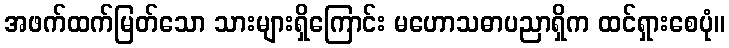
အဖက်ထက်မြတ်သော သားများရှိကြောင်း မဟောသဓာပညာရှိက ထင်ရှားစေပုံ။